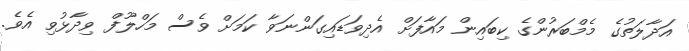
އަދާލަތުގެ މެމްބަރުންގެ ކިބައިން މައާފަށް އެދިވަޑައިގަންނަވާ ކަމަށް ވެސް މަހްލޫފް ވިދާޅުވި އެވެ.